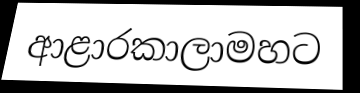
ආළාරකාලාමහට